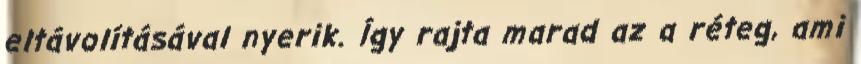
eltávolításával nyerik. Így rajta marad az a réteg, ami